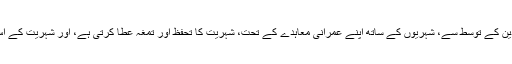
خیر، بچہ جب پیدائش کا مرحلہ طے کر چکتا ہے تو ریاست اسے، اس کے والدین کے توسط سے، شہریوں کے ساتھ اپنے عمرانی معاہدے کے تحت، شہریت کا تحفظ اور تمغہ عطا کرتی ہے، اور شہریت کے اس پیکیج کے ساتھ اس بچے کی بحثیت معاشرتی فرد، ذمہ داریاں بھی ہوتی ہیں۔